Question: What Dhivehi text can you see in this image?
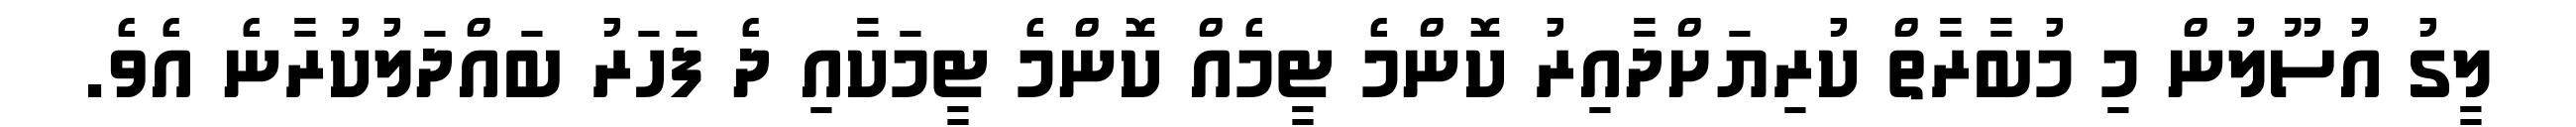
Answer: ލީގު އުސޫލުން މި މުބާރާތް ކުރިޔަށްދާއިރު ކޮންމެ ޓީމެއް ކޮންމެ ޓީމަކާއި ދެ ފަހަރު ބައްދަލުކުރާނެ އެވެ.